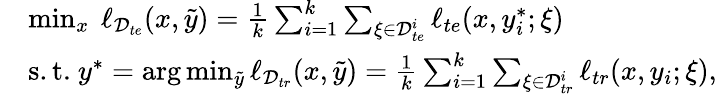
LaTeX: \begin{array}{rl}&{\operatorname*{min}_{x}\ \ell_{\mathcal{D}_{te}}(x,\tilde{y})=\frac{1}{k}\sum_{i=1}^{k}\sum_{\xi\in\mathcal{D}_{te}^{i}}\ell_{te}(x,y_{i}^{*};\xi)}\\ &{\mathrm{s.t.}\ y^{*}=\arg\operatorname*{min}_{\tilde{y}}\ell_{\mathcal{D}_{tr}}(x,\tilde{y})=\frac{1}{k}\sum_{i=1}^{k}\sum_{\xi\in\mathcal{D}_{tr}^{i}}\ell_{tr}(x,y_{i};\xi),}\end{array}